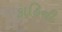
કાહિની